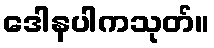
ဒေါနပါကသုတ်။